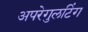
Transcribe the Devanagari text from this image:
अपरेगुलटिंग